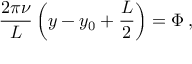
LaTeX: \frac { 2 \pi \nu } { L } \left( y - y _ { 0 } + \frac { L } { 2 } \right) = \Phi \, ,